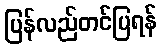
ပြန်လည်တင်ပြရန်